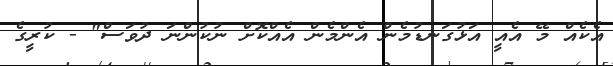
އެކެއް މޭ އެއީ އަޅުގަނޑުމެން އެންމެން އެއްކޮށް ނުކުންނަ ދުވަސް" - ކުރީގެ